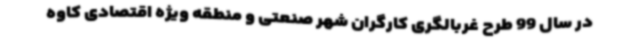
در سال 99 طرح غربالگری کارگران شهر صنعتی و منطقه ویژه اقتصادی کاوه